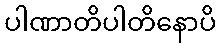
ပါဏာတိပါတိနောပိ